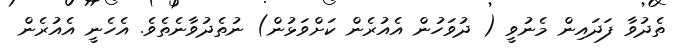
ތެދުވާ ފަދައިން މެނުވީ ( ދުވަހުން އެއުރެން ކަށްވަޅުން) ނުތެދުވާނެތެވެ. އެހެނީ އެއުރެން